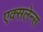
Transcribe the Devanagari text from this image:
एक्सलेन्स